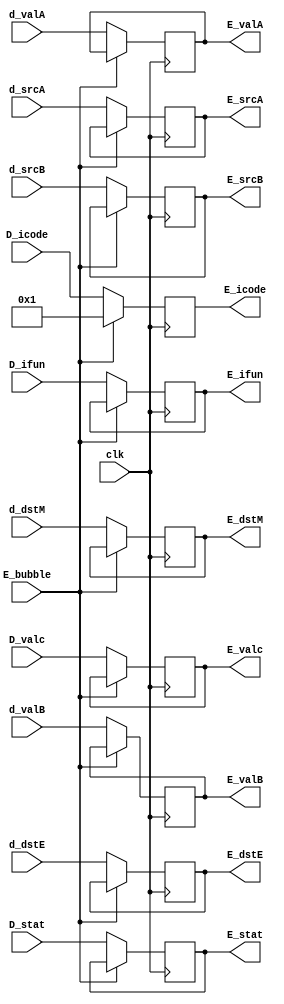
module Ereg(clk, D_stat,D_icode,D_ifun, D_valc, d_valA, d_valB,d_dstE, d_dstM, d_srcA, d_srcB, E_stat,E_icode,E_ifun, E_valc, E_valA, E_valB,E_dstE, E_dstM, E_srcA, E_srcB, E_bubble);


input clk, E_bubble;
input [63:0] D_valc, d_valA, d_valB;
input [3:0] D_icode,D_ifun,d_dstE, d_dstM, d_srcA, d_srcB;
input [1:0] D_stat;

output reg [63:0] E_valc, E_valA, E_valB;
output reg [3:0] E_icode,E_ifun,E_dstE, E_dstM, E_srcA, E_srcB;
output reg [1:0] E_stat;

always@(posedge(clk))
begin
    if (E_bubble != 1'b1)
    begin
        E_valc <= D_valc;
        E_valA <= d_valA;
        E_valB <= d_valB;
        E_stat <= D_stat;
        E_icode <= D_icode;
        E_ifun <= D_ifun;
        E_dstE <= d_dstE;
        E_dstM <= d_dstM;
        E_srcA <= d_srcA;
        E_srcB <= d_srcB;
    end

    else
    begin
        E_icode <= 4'h1;
    end
end

endmodule